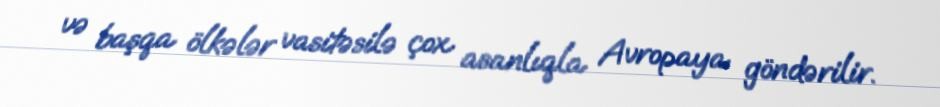
və başqa ölkələr vasitəsilə çox asanlıqla Avropaya göndərilir.